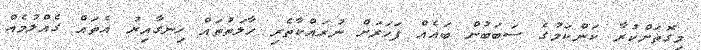
މިގޮތަށްކުރާ ކަންކަމުގެ ސަބަބުން ބައެއް ފަހަރަށް ނުރައްކާތެރި ހާލަތުތައް ހިނގާއިރު އެތައް ގެއްލުމެއް